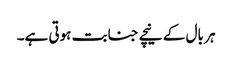
ہر بال کے نیچے جنابت ہوتی ہے۔